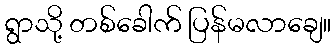
ရွာသို့ တစ်ခေါက် ပြန်မလာချေ။